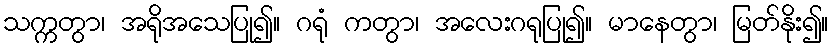
သက္ကတွာ၊ အရိုအသေပြု၍။ ဂရုံ ကတွာ၊ အလေးဂရုပြု၍။ မာနေတွာ၊ မြတ်နိုး၍။